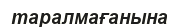
таралмағанына